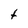
Character: t